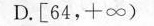
D.[64，+∞)